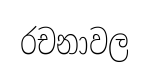
රචනාවල